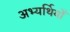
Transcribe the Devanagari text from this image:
अभ्यर्थियोँ